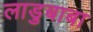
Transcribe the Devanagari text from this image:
लाडुबाबा